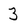
Character: 3